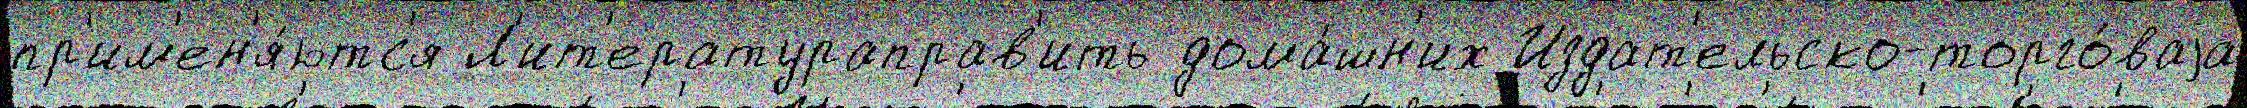
пр'им'ен'я́ютс'я Л'ит'ератураправ'ить дома́шн'их Издат'ельско-торго́ваjа